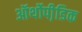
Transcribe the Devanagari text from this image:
ऑर्थोपी़डिक